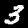
Label: 3